Indian journal of veterinary science and animal husbandry - Volume 6,
Year: 1936
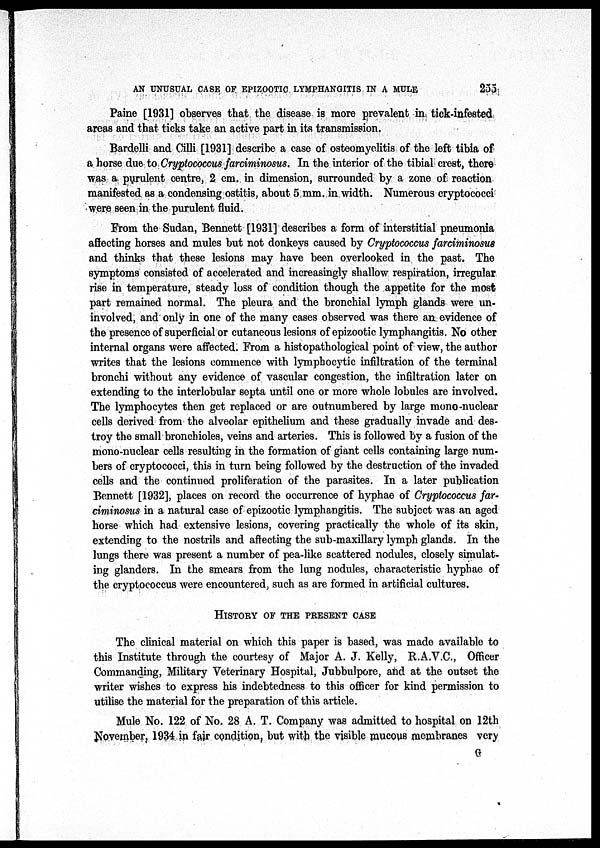
AN UNUSUAL CASE OF EPIZOOTIC LYMPHANGITIS IN A MULE
255
Paine [1931] observes that the disease is more prevalent in tick-infested
areas and that ticks take an active part in its transmission.
Bardelli and Cilli [1931] describe a case of osteomyelitis of the left tibia of
a horse due to Cryptococcus farciminosus. In the interior of the tibial crest, there
was a purulent centre, 2 cm. in dimension, surrounded by a zone of reaction
manifested as a condensing ostitis, about 5 mm. in width. Numerous cryptococci
were seen in the purulent fluid.
From the Sudan, Bennett [1931] describes a form of interstitial pneumonia
affecting horses and mules but not donkeys caused by Cryptococcus farciminosus
and thinks that these lesions may have been overlooked in the past. The
symptoms consisted of accelerated and increasingly shallow respiration, irregular
rise in temperature, steady loss of condition though the appetite for the most
part remained normal. The pleura and the bronchial lymph glands were un¬
involved, and only in one of the many cases observed was there an evidence of
the presence of superficial or cutaneous lesions of epizootic lymphangitis. No other
internal organs were affected. From a histopathological point of view, the author
writes that the lesions commence with lymphocytic infiltration of the terminal
bronchi without any evidence of vascular congestion, the infiltration later on
extending to the interlobular septa until one or more whole lobules are involved.
The lymphocytes then get replaced or are outnumbered by large mono-nuclear
cells derived from the alveolar epithelium and these gradually invade and des-
troy the small bronchioles, veins and arteries. This is followed by a fusion of the
mono-nuclear cells resulting in the formation of giant cells containing large num-
bers of cryptococci, this in turn being followed by the destruction of the invaded
cells and the continued proliferation of the parasites. In a later publication
Bennett [1932], places on record the occurrence of hyphae of Cryptococcus far¬
ciminosus in a natural case of epizootic lymphangitis. The subject was an aged
horse which had extensive lesions, covering practically the whole of its skin,
extending to the nostrils and affecting the sub-maxillary lymph glands. In the
lungs there was present a number of pea-like scattered nodules, closely simulat-
ing glanders. In the smears from the lung nodules, characteristic hyphae of
the cryptococcus were encountered, such as are formed in artificial cultures.
HISTORY OF THE PRESENT CASE
The clinical material on which this paper is based, was made available to
this Institute through the courtesy of Major A. J. Kelly, R.A.V.C., Officer
Commanding, Military Veterinary Hospital, Jubbulpore, and at the outset the
writer wishes to express his indebtedness to this officer for kind permission to
utilise the material for the preparation of this article.
Mule No. 122 of No. 28 A. T. Company was admitted to hospital on 12th
November, 1934 in fair condition, but with the visible mucous membranes very
G